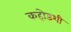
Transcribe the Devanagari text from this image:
कहोडशी